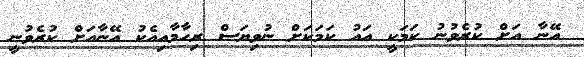
އޭނާ އަށް ކުރެވުނު ކަމަކީ އައު ކަމަކަށް ނުވިޔަސް ރިހާމާއިއެކު އޭނާއަށް ކުރެވުނީ